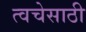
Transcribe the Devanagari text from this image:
त्वचेसाठी